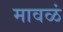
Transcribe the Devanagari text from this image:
मावळं